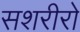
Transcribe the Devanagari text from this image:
सशरीरो